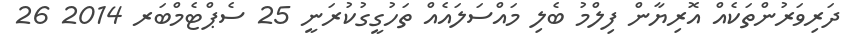
ދަރިވަރުންތަކެއް އޮރިޔާން ފިލްމު ބެލި މައްސަލައެއް ތަހުގީގުކުރަނީ 25 ސެޕްޓެމްބަރ 2014 26